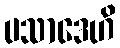
ပသာဒေဟိ